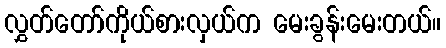
လွှတ်တော်ကိုယ်စားလှယ်က မေးခွန်းမေးတယ်။